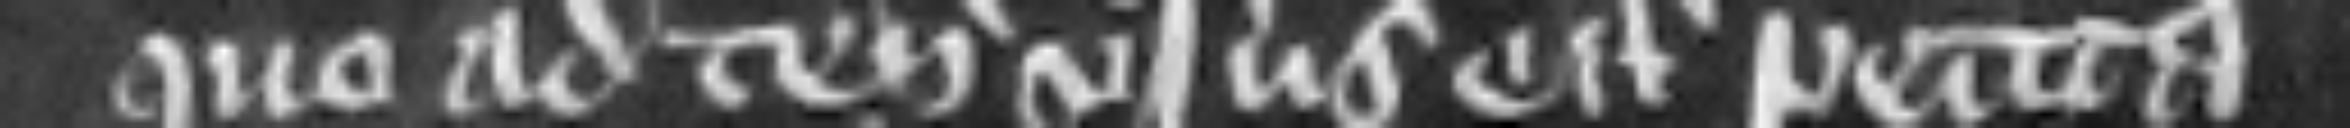
quo ad tenementa versus eam petita